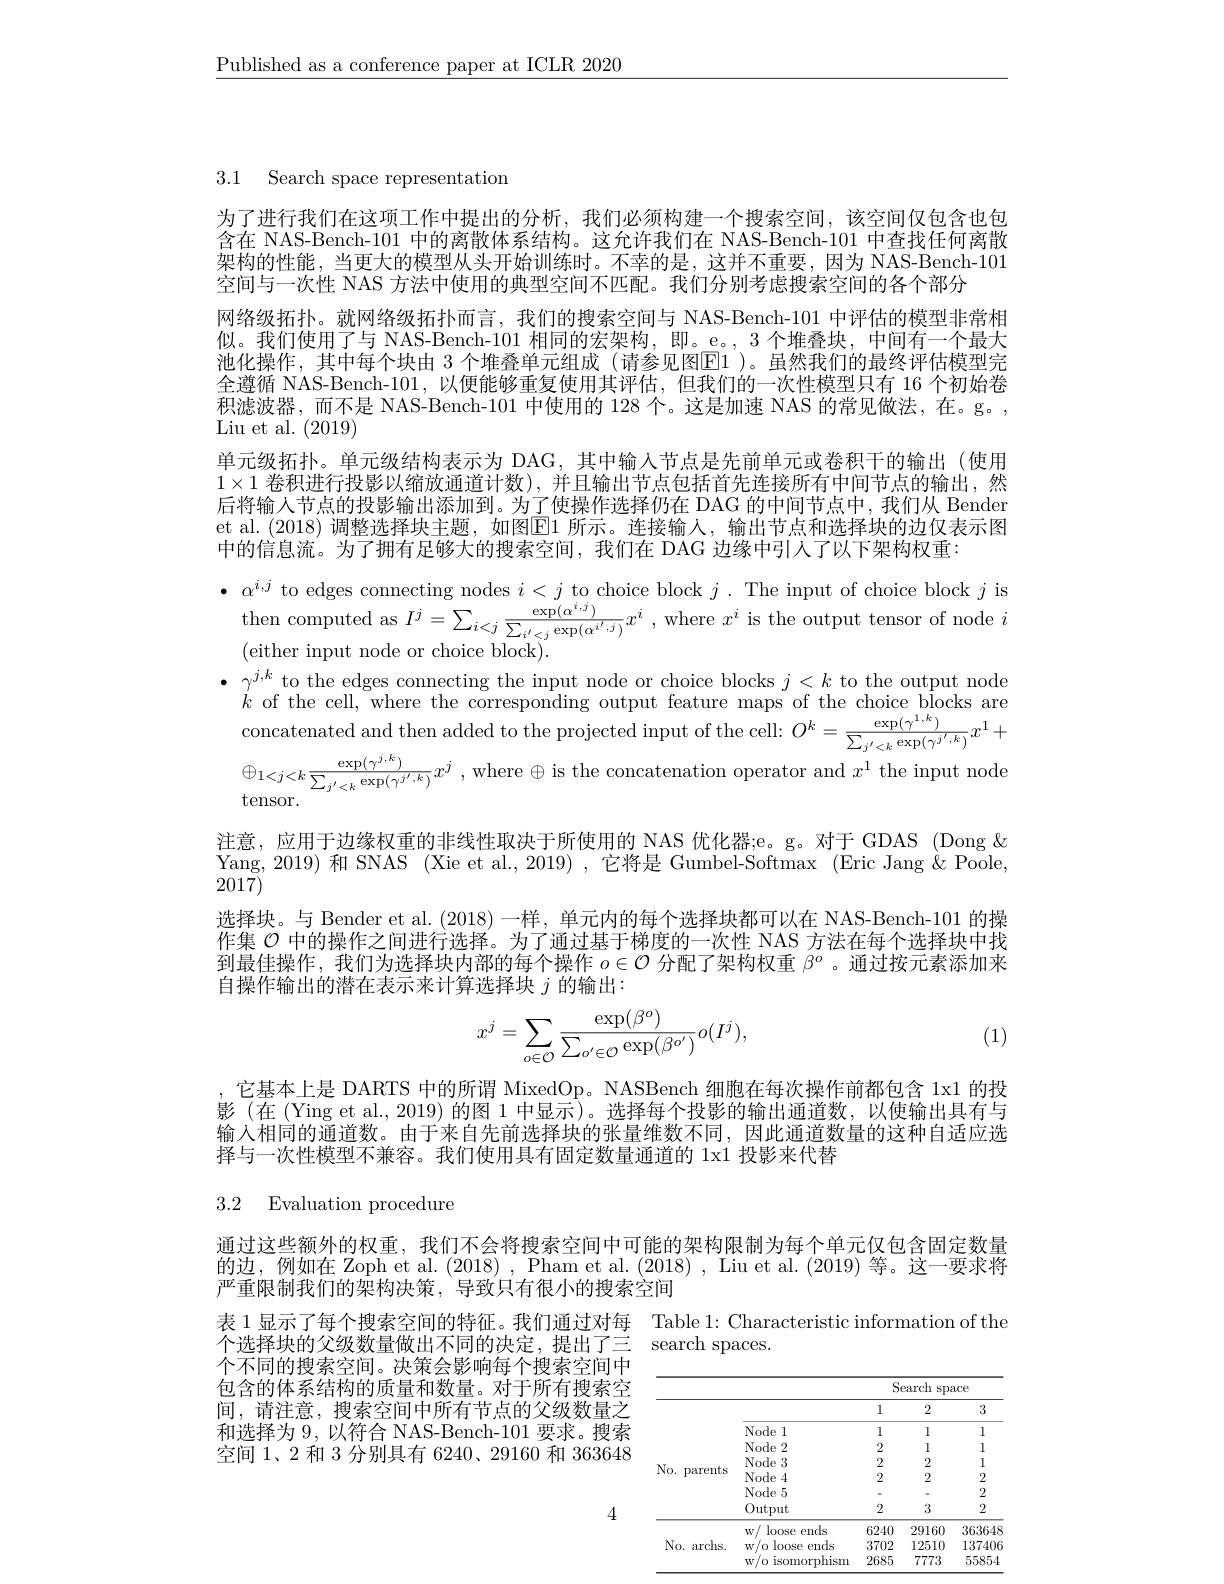
$\underline{\text{Published as a conference paper at ICLR 2020}}$

3.1 Search space representation

为了进行我们在这项工作中提出的分析，我们必须构建一个搜索空间，该空间仅包含也包含在 NAS-Bench-101 中的离散体系结构。这允许我们在 NAS-Bench-101 中查找任何离散架构的性能，当更大的模型从头开始训练时。不幸的是，这并不重要，因为 NAS-Bench-101空间与一次性 NAS 方法中使用的典型空间不匹配。我们分别考虑搜索空间的各个部分
网络级拓扑。就网络级拓扑而言，我们的搜索空间与 NAS-Bench-101 中评估的模型非常相似。我们使用了与 NAS-Bench-101 相同的宏架构，即。e。, 3 个堆叠块，中间有一个最大池化操作，其中每个块由 3 个堆叠单元组成 (请参见图$\boxed{\mathrm{E}}1$ )。虽然我们的最终评估模型完全遵循 NAS-Bench-101,以便能够重复使用其评估，但我们的一次性模型只有 16 个初始卷积滤波器，而不是 NAS-Bench-101 中使用的 128 个。这是加速 NAS 的常见做法，在。g。, Liu et al. (2019)
单元级拓扑。单元级结构表示为 DAG, 其中输入节点是先前单元或卷积干的输出(使用$1\times1$卷积进行投影以缩放通道计数),并且输出节点包括首先连接所有中间节点的输出，然后将输人节点的投影输出添加到。为了使操作选择仍在 DAG 的中间节点中，我们从 Bender et al.(2018)调整选择块主题，如图$\boxed{\mathrm{E}}1$ 所示。连接输入，输出节点和选择块的边仅表示图中的信息流。为了拥有足够大的搜索空间，我们在 DAG 边缘中引人了以下架构权重：
$\bullet$ $\alpha ^{i, j}$ to edges connecting nodes $i<j$ to choice block $j.$ The input of choice block $j$ is
then computed as $I^j= \sum _{i< j}\frac {\exp ( \alpha ^{i, j}) }{\sum _{i^{\prime }< j}\exp ( \alpha ^{i^{\prime }, j}) }x^{i}$ , where $x^i$ is the output tensor of node $i$
(either input node or choice block).
$\begin{array}{ll}\bullet&\gamma^{j,k}\text{to the edges connecting the input node or choice blocks }j<k\text{ to the output node}\\k&\text{of the cell, where the corresponding output feature maps of the choice blocks are}\end{array}$
concatenated and then added to the projected input of the cell: $O^k=\frac\exp(\gamma^{1,k}){\sum_{j^{\prime}<k}\exp(\gamma^{j^{\prime},k})}x^{1}+$ $\oplus _{1< j< k}\frac {\exp ( \gamma ^{j, k}) }{\sum _{j^{\prime }< k}\exp ( \gamma ^{j^{\prime }, k}) }x^{j}$ , where $\oplus$ is the concatenation operator and $x^{1}$ the input node tensor.
注意，应用于边缘权重的非线性取决于所使用的 NAS 优化器；e。g。对于 GDAS (Dong \& Yang, 2019) 和 SNAS (Xie et al., 2019) ,它将是 Gumbel-Softmax (Eric Jang $\grave{\&}$ Poole, 2017)
选择块。与 Bender et al. (2018)一样，单元内的每个选择块都可以在 NAS-Bench-101 的操作集$\mathcal{O}$中的操作之间进行选择。为了通过基于梯度的一次性 NAS 方法在每个选择块中找到最佳操作，我们为选择块内部的每个操作$o\in\mathcal{O}$分配了架构权重$\beta^o$ 。通过按元素添加来自操作输出的潜在表示来计算选择块$j$的输出：
$$\begin{aligned}x^j=\sum_{o\in\mathcal{O}}\frac{\exp(\beta^o)}{\sum_{o'\in\mathcal{O}}\exp(\beta^{o'})}o(I^j),\end{aligned}$$
(1)

它基本上是 DARTS 中的所谓 MixedOp。NASBench 细胞在每次操作前都包含 1x1 的投影 (在 (Ying et al., 2019) 的图 1 中显示)。选择每个投影的输出通道数，以使输出具有与输入相同的通道数。由于来自先前选择块的张量维数不同，因此通道数量的这种自适应选择与一次性模型不兼容。我们使用具有固定数量通道的 1x1 投影来代替

3.2 Evaluation procedure

通过这些额外的权重，我们不会将搜索空间中可能的架构限制为每个单元仅包含固定数量的边，例如在 Zoph et al. (2018), Pham et al. (2018), Liu et al. (2019)等。这一要求将严重限制我们的架构决策，导致只有很小的搜索空间

表 1 显示了每个搜索空间的特征。我们通过对每 Table 1: Characteristic information of the
个选择块的父级数量做出不同的决定，提出了三 search spaces

个不同的搜索空间。决策会影响每个搜索空间中包含的体系结构的质量和数量。对于所有搜索空间，请注意，搜索空间中所有节点的父级数量之和选择为 9, 以符合 NAS-Bench-101 要求。搜索空间 1、2 和 3 分别具有 6240、29160 和 363648

<table>
	<tbody>
		<tr>
			<th> </th>
			<th> </th>
			<th colspan="3">Search space</th>
		</tr>
		<tr>
			<th> </th>
			<th> </th>
			<th>l</th>
			<th>2</th>
			<th>3</th>
		</tr>
		<tr>
			<td rowspan="2">No. parents</td>
			<td>Node l</td>
			<td>1</td>
			<td>1</td>
			<td>1</td>
		</tr>
		<tr>
			<td rowspan="5">$No.I$ parents</td>
			<td>Node 2</td>
			<td>2</td>
			<td>1</td>
			<td>1</td>
		</tr>
		<tr>
			<td>Node 3</td>
			<td>2</td>
			<td>2</td>
			<td>1</td>
		</tr>
		<tr>
			<td>Node 4</td>
			<td>2</td>
			<td>2</td>
			<td>2</td>
		</tr>
		<tr>
			<td>Node 5</td>
			<td>-</td>
			<td> </td>
			<td>2</td>
		</tr>
		<tr>
			<td>0utput</td>
			<td>2</td>
			<td>3</td>
			<td>2</td>
		</tr>
		<tr>
			<td>loose ends $W$</td>
			<td>6240</td>
			<td>29160</td>
			<td>363648</td>
		</tr>
		<tr>
			<td rowspan="2">No.  $\operatorname{archs}.$</td>
			<td>loose ends W,</td>
			<td>3702</td>
			<td>12510</td>
			<td>137406</td>
		</tr>
		<tr>
			<td>$W$ isomorphism T</td>
			<td>2685</td>
			<td>7773</td>
			<td>55854</td>
		</tr>
	</tbody>
</table>

4